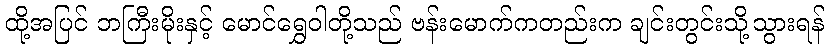
ထို့အပြင် ဘကြီးမိုးနှင့် မောင်ရွှေဝါတို့သည် ဗန်းမောက်ကတည်းက ချင်းတွင်းသို့သွားရန်